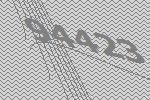
94423